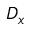
D _ { x }